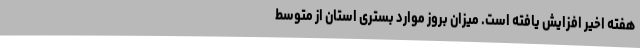
هفته اخیر افزایش یافته است. میزان بروز موارد بستری استان از متوسط